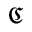
\mathfrak { C }